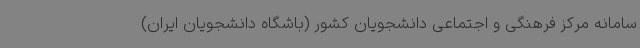
سامانه مرکز فرهنگی و اجتماعی دانشجویان کشور (باشگاه دانشجویان ایران)